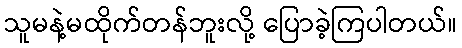
သူမနဲ့မထိုက်တန်ဘူးလို့ ပြောခဲ့ကြပါတယ်။